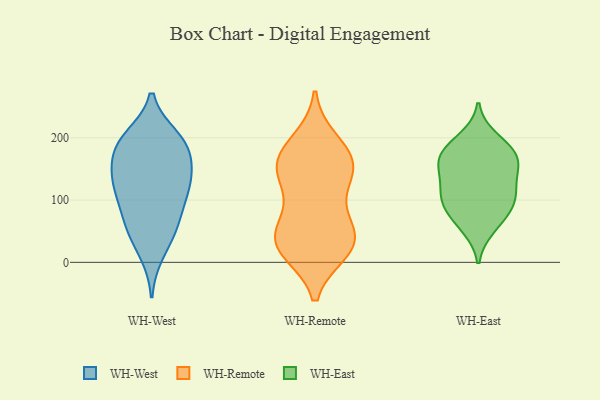
{"axis": {"x": "Headcount", "y": "Value"}, "legend": ["WH-East", "WH-Remote", "WH-West"], "data": [{"x": "", "y": 84, "type": "WH-West"}, {"x": "", "y": 179, "type": "WH-West"}, {"x": "", "y": 159, "type": "WH-West"}, {"x": "", "y": 193, "type": "WH-West"}, {"x": "", "y": 67, "type": "WH-West"}, {"x": "", "y": 134, "type": "WH-West"}, {"x": "", "y": 46, "type": "WH-West"}, {"x": "", "y": 109, "type": "WH-West"}, {"x": "", "y": 128, "type": "WH-West"}, {"x": "", "y": 200, "type": "WH-West"}, {"x": "", "y": 57, "type": "WH-West"}, {"x": "", "y": 125, "type": "WH-West"}, {"x": "", "y": 132, "type": "WH-West"}, {"x": "", "y": 191, "type": "WH-West"}, {"x": "", "y": 190, "type": "WH-West"}, {"x": "", "y": 15, "type": "WH-West"}, {"x": "", "y": 26, "type": "WH-Remote"}, {"x": "", "y": 142, "type": "WH-Remote"}, {"x": "", "y": 62, "type": "WH-Remote"}, {"x": "", "y": 41, "type": "WH-Remote"}, {"x": "", "y": 26, "type": "WH-Remote"}, {"x": "", "y": 194, "type": "WH-Remote"}, {"x": "", "y": 19, "type": "WH-Remote"}, {"x": "", "y": 27, "type": "WH-Remote"}, {"x": "", "y": 96, "type": "WH-Remote"}, {"x": "", "y": 163, "type": "WH-Remote"}, {"x": "", "y": 140, "type": "WH-Remote"}, {"x": "", "y": 45, "type": "WH-Remote"}, {"x": "", "y": 147, "type": "WH-Remote"}, {"x": "", "y": 179, "type": "WH-Remote"}, {"x": "", "y": 162, "type": "WH-Remote"}, {"x": "", "y": 90, "type": "WH-East"}, {"x": "", "y": 162, "type": "WH-East"}, {"x": "", "y": 119, "type": "WH-East"}, {"x": "", "y": 181, "type": "WH-East"}, {"x": "", "y": 68, "type": "WH-East"}, {"x": "", "y": 148, "type": "WH-East"}, {"x": "", "y": 92, "type": "WH-East"}, {"x": "", "y": 55, "type": "WH-East"}, {"x": "", "y": 149, "type": "WH-East"}, {"x": "", "y": 199, "type": "WH-East"}, {"x": "", "y": 168, "type": "WH-East"}, {"x": "", "y": 107, "type": "WH-East"}, {"x": "", "y": 110, "type": "WH-East"}, {"x": "", "y": 178, "type": "WH-East"}]}